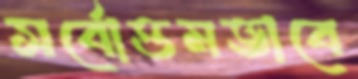
সর্বোত্তমভাবে